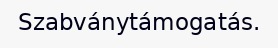
Szabványtámogatás.